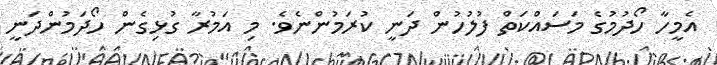
އެމީހާ ހޯދުމުގެ މަސައްކަތް ފުލުހުން ދަނީ ކުރަމުންނެވެ. މި އަމުރާ ގުޅިގެން ހޯދަމުންދަނީ